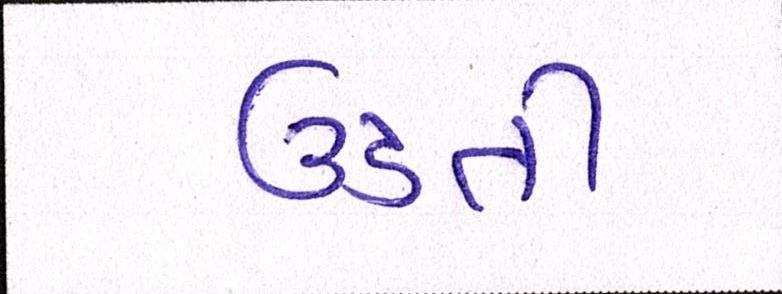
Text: ઉડતી